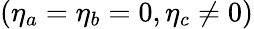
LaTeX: (\eta_{a}=\eta_{b}=0,\eta_{c}\neq 0)